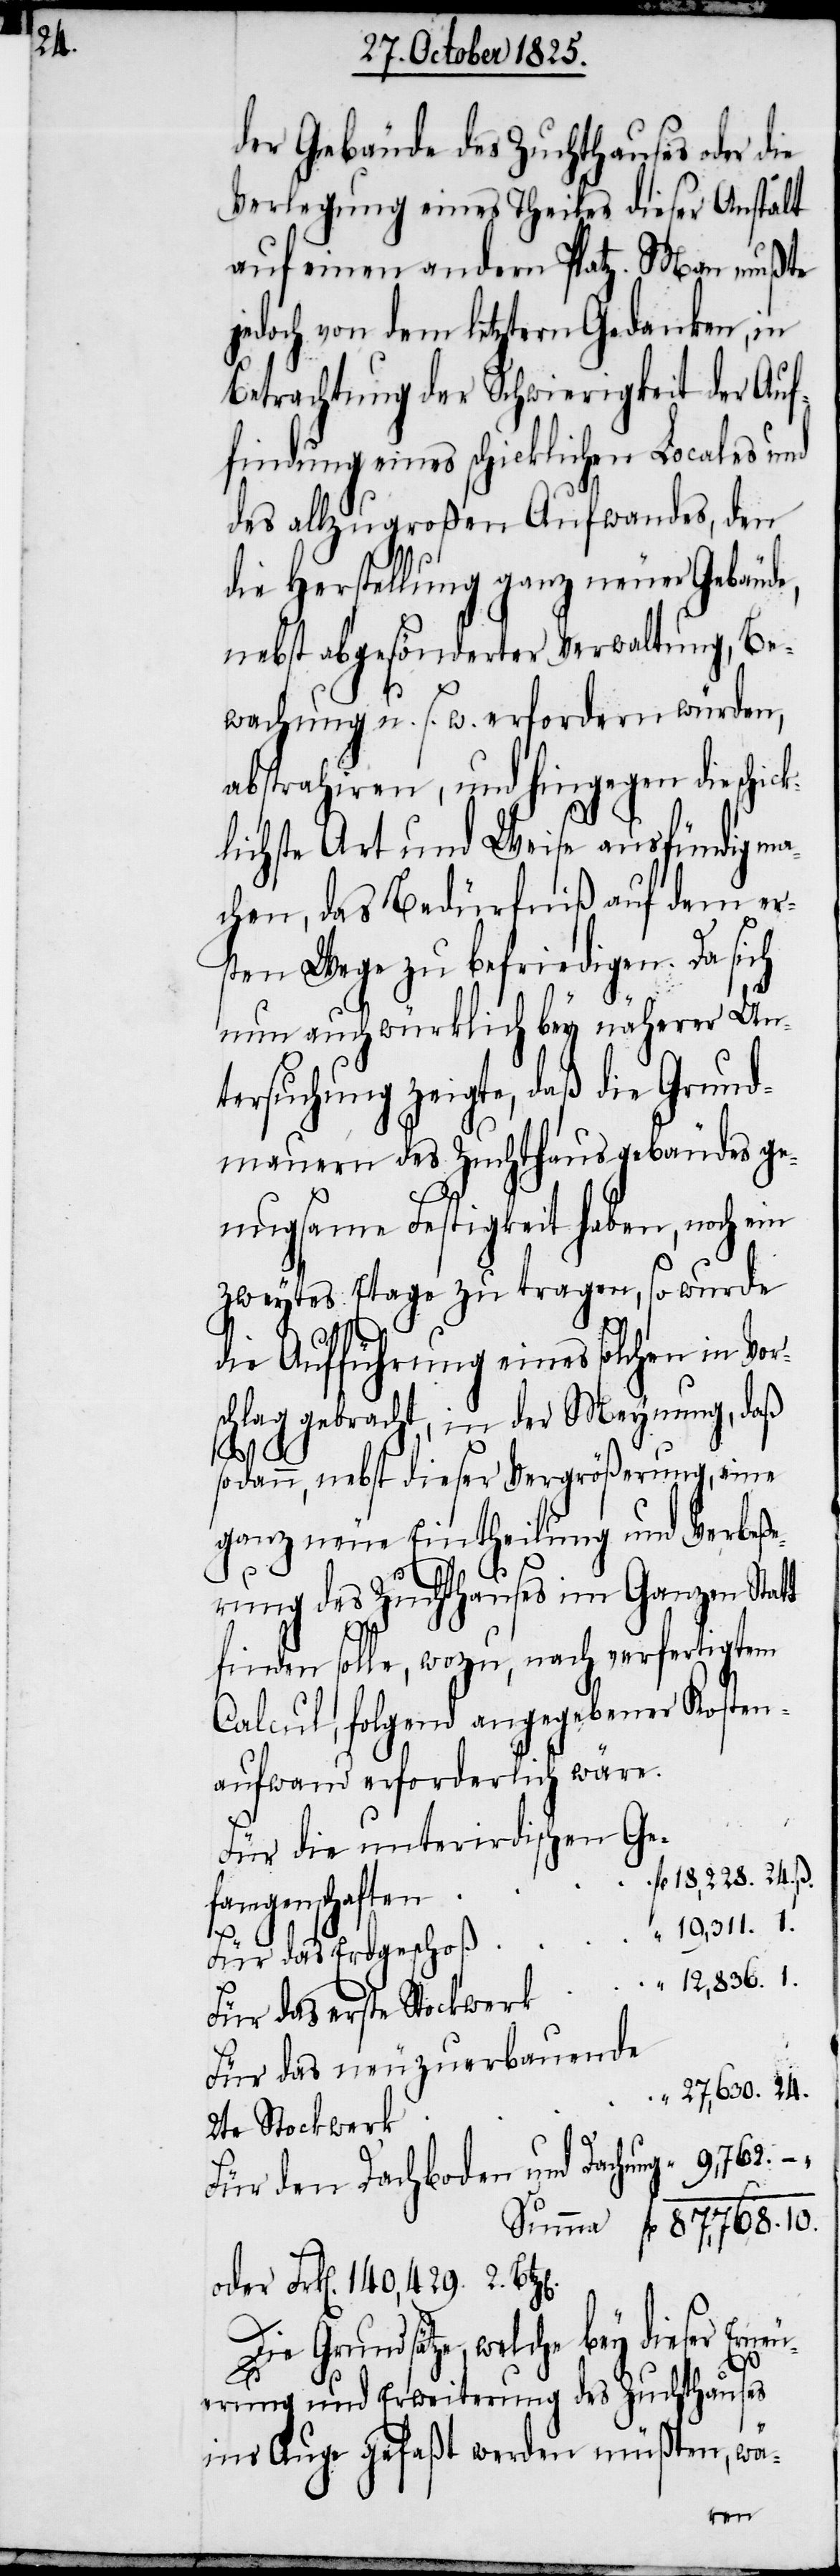
24.

der Gebäude des Zuchthauses oder die
Verlegung eines Teiles dieser Anstalt
auf einen andern Platz. Man mußte
jedoch von dem letztern Gedanken, in
Betrachtung der Schwierigkeit der Auf¬
findung eines schicklichen Locales und
des allzugroßen Aufwandes, den
die Herstellung ganz neuer Gebäud¬
nebst abgesonderter Verwaltung, Be¬
wachung u. s. w. erfordern würden,
abstrahiren, und hingegen die schic¬
lichste Art und Weise ausfündig ma¬
chen, das Bedürfniß auf dem er¬
sten Wege zu befriedigen. Da sich
nun auch würklich bey näherer Un¬
tersuchung zeigte, daß die Grund¬
mauern des Zuchthausgebäudes ge¬
nugsame Festigkeit haben, noch ein
zweytes Etage zu tragen, so wurde
die Aufführung eines solchen in Vor¬
schlag gebracht, in der Meynung, daß
z.[en].
sodann, nebst dieser Vergrößerung, eine
ganz neue Eintheilung und Verbeße¬
rung des Zuchthauses im Ganzen Stat¬
ß.
finden solle, wozu, nach verfertigtem
Calcul, folgend angegebener Kosten¬
aufwand erforderlich wäre.
Für die unterirdischen Ge¬
10.
fangenschaften
19,311.
Für das Erdgeschoß
Für das erste Stockwerk
Für das neuzuerbauende
2te Stockwerk
Für den Dachboden und Dachung
oder Frk[en]. 140,429. 2. Bt¬
Die Grundsätze, welche bey dieser Erne¬
uerung und Erweiterung des Zuchthauses
ins Auge gefaßt werden müßten, wä-